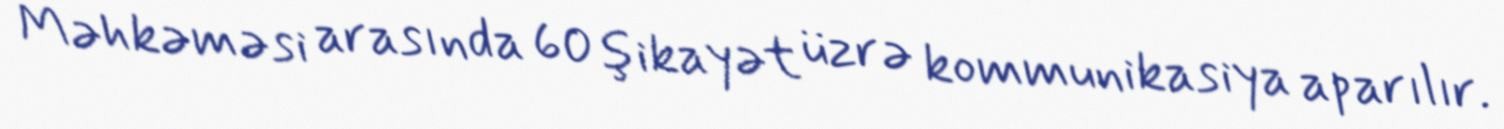
Məhkəməsi arasında 60 şikayət üzrə kommunikasiya aparılır.